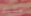
عليك